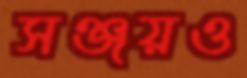
সঞ্জয়ও